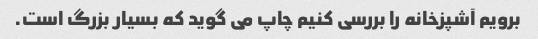
برویم آشپزخانه را بررسی کنیم چاپ می گوید که بسیار بزرگ است.